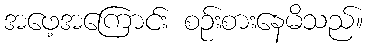
အဖေ့အကြောင်း စဉ်းစားနေမိသည်။